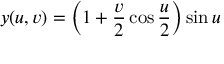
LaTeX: y ( u , v ) = \left( 1 + { \frac { v } { 2 } } \cos { \frac { u } { 2 } } \right) \sin u